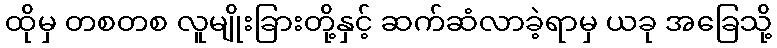
ထိုမှ တစတစ လူမျိုးခြားတို့နှင့် ဆက်ဆံလာခဲ့ရာမှ ယခု အခြေသို့